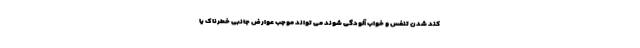
کند شدن تنفس و خواب آلودگی شوند می تواند موجب عوارض جانبی خطرناک یا